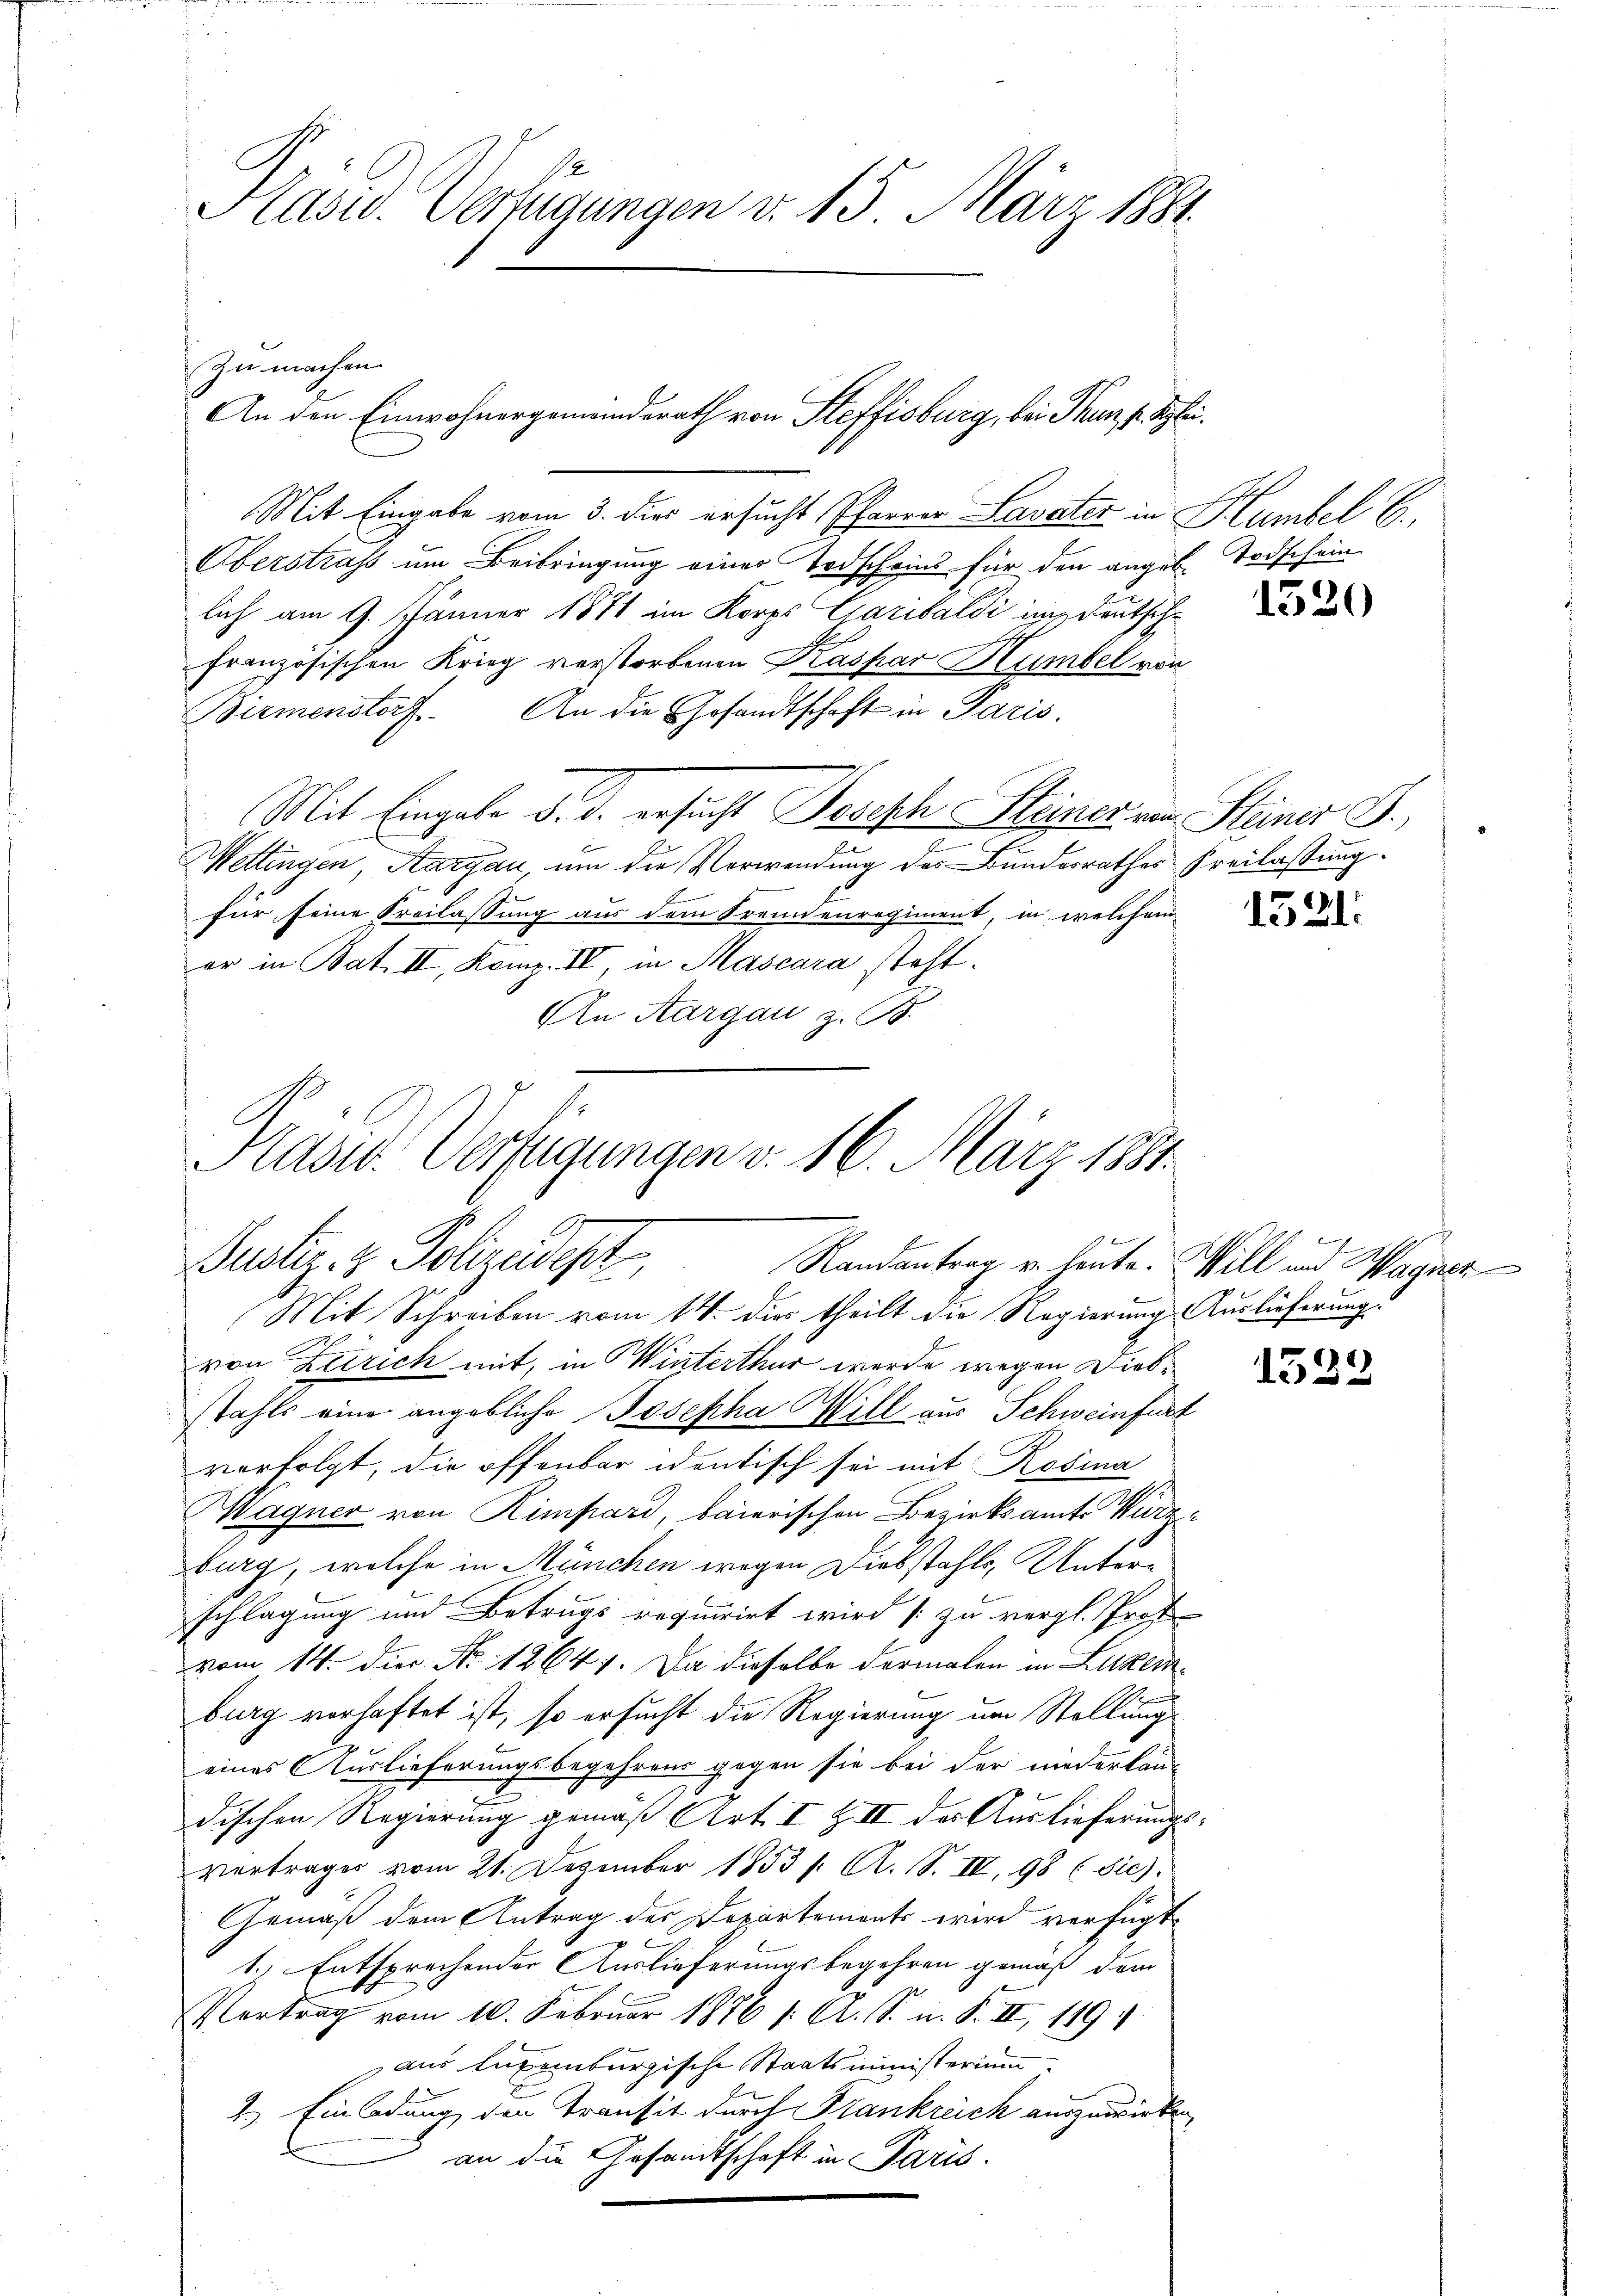
Präsid. Verfügungen v. 15. März 1881.

Mit Eingabe vom 3. dies ersucht Pfarrer Lavater in Humbel 6.
Oberstrafs um Beibringung einer Todscheins für den angebe Todschein
lich am 9. Jänner 1871 im Korps Garibaldi in deutsch
französischen Krieg verstorbenen Kaspar Humbel von
Birmenstorf. An die Gesandtschaft in Paris.
Mit Eingabe d. d. ersucht Joseph Steiner von Steiner B.,
7
Wettingen, Aargau, um die Verwendung des Bundesrathes Freilassung
für seine Freilassung aus dem Trennenregiment, in welchem
er in Bat. II, Komp. II, in Mascara steht.
An Aargau z. B.

Zu machen
An den Einwohnergemeindsrath von Steffisburg, bei Thun, p. glei¬

e
Kasu. Verfügungen v. 16. März 1881.
Justiz- & Polizeidept
Randantrag u. heute. Will und Wagner

Mit Schreiben vom 14. dies theilt die Regierung Auslieferung:
von Zürich mit, in Winterthur werde wegen Diebstahls eine angebliche Josepha Will aus Schweinfurt
verfolgt, die offenbar identisch sei mit Rosina
Wagner von Rimpard, baierischen Bezirksamte Wurzburg, welche in München wegen Diebstahls, Unterschlagung und Betrugs requirirt wird [zu vergl. Prof
vom 14. die No 12647. Da dieselbe dermalen in Luzerburg verhaftet ist, so ersucht die Regierung um Stellung
eines Auslieferungsbegehrens gegen sie bei der niederlan-
dischen Regierung gemäß Art. I Z II der Auslieferungsvertrages vom 21. Dezember 18531. A. S. III. 98 (Sie).
Gemäß dem Antrag des Departements wird verfügt
1.) Entsprechender Auslieferungsbegehren gemäß dem
Vertrag vom 10. Februar 1876 /: A. S. n. F. II, 1891
aus Luxenburgische Staatsministerium
2.) Einladung den Transit durch Frankreich auszuwirken
an die Gesandtschaft in Paris.

1520

1521.

1522